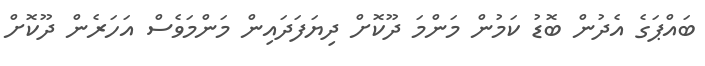
ބައްޕަގެ އެދުން ބޮޑު ކަމުން މަންމަ ދޫކޮށް ދިޔަފަދައިން މަންމަވެސް އަހަރެން ދޫކޮށް